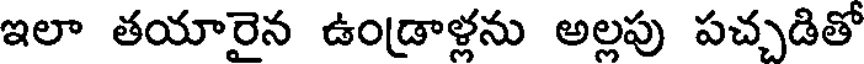
ఇలా తయారైన ఉండ్రాళ్లను అల్లపు పచ్చడితో